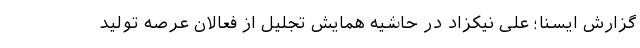
گزارش ایسنا؛ علی نیکزاد در حاشیه همایش تجلیل از فعالان عرصه تولید